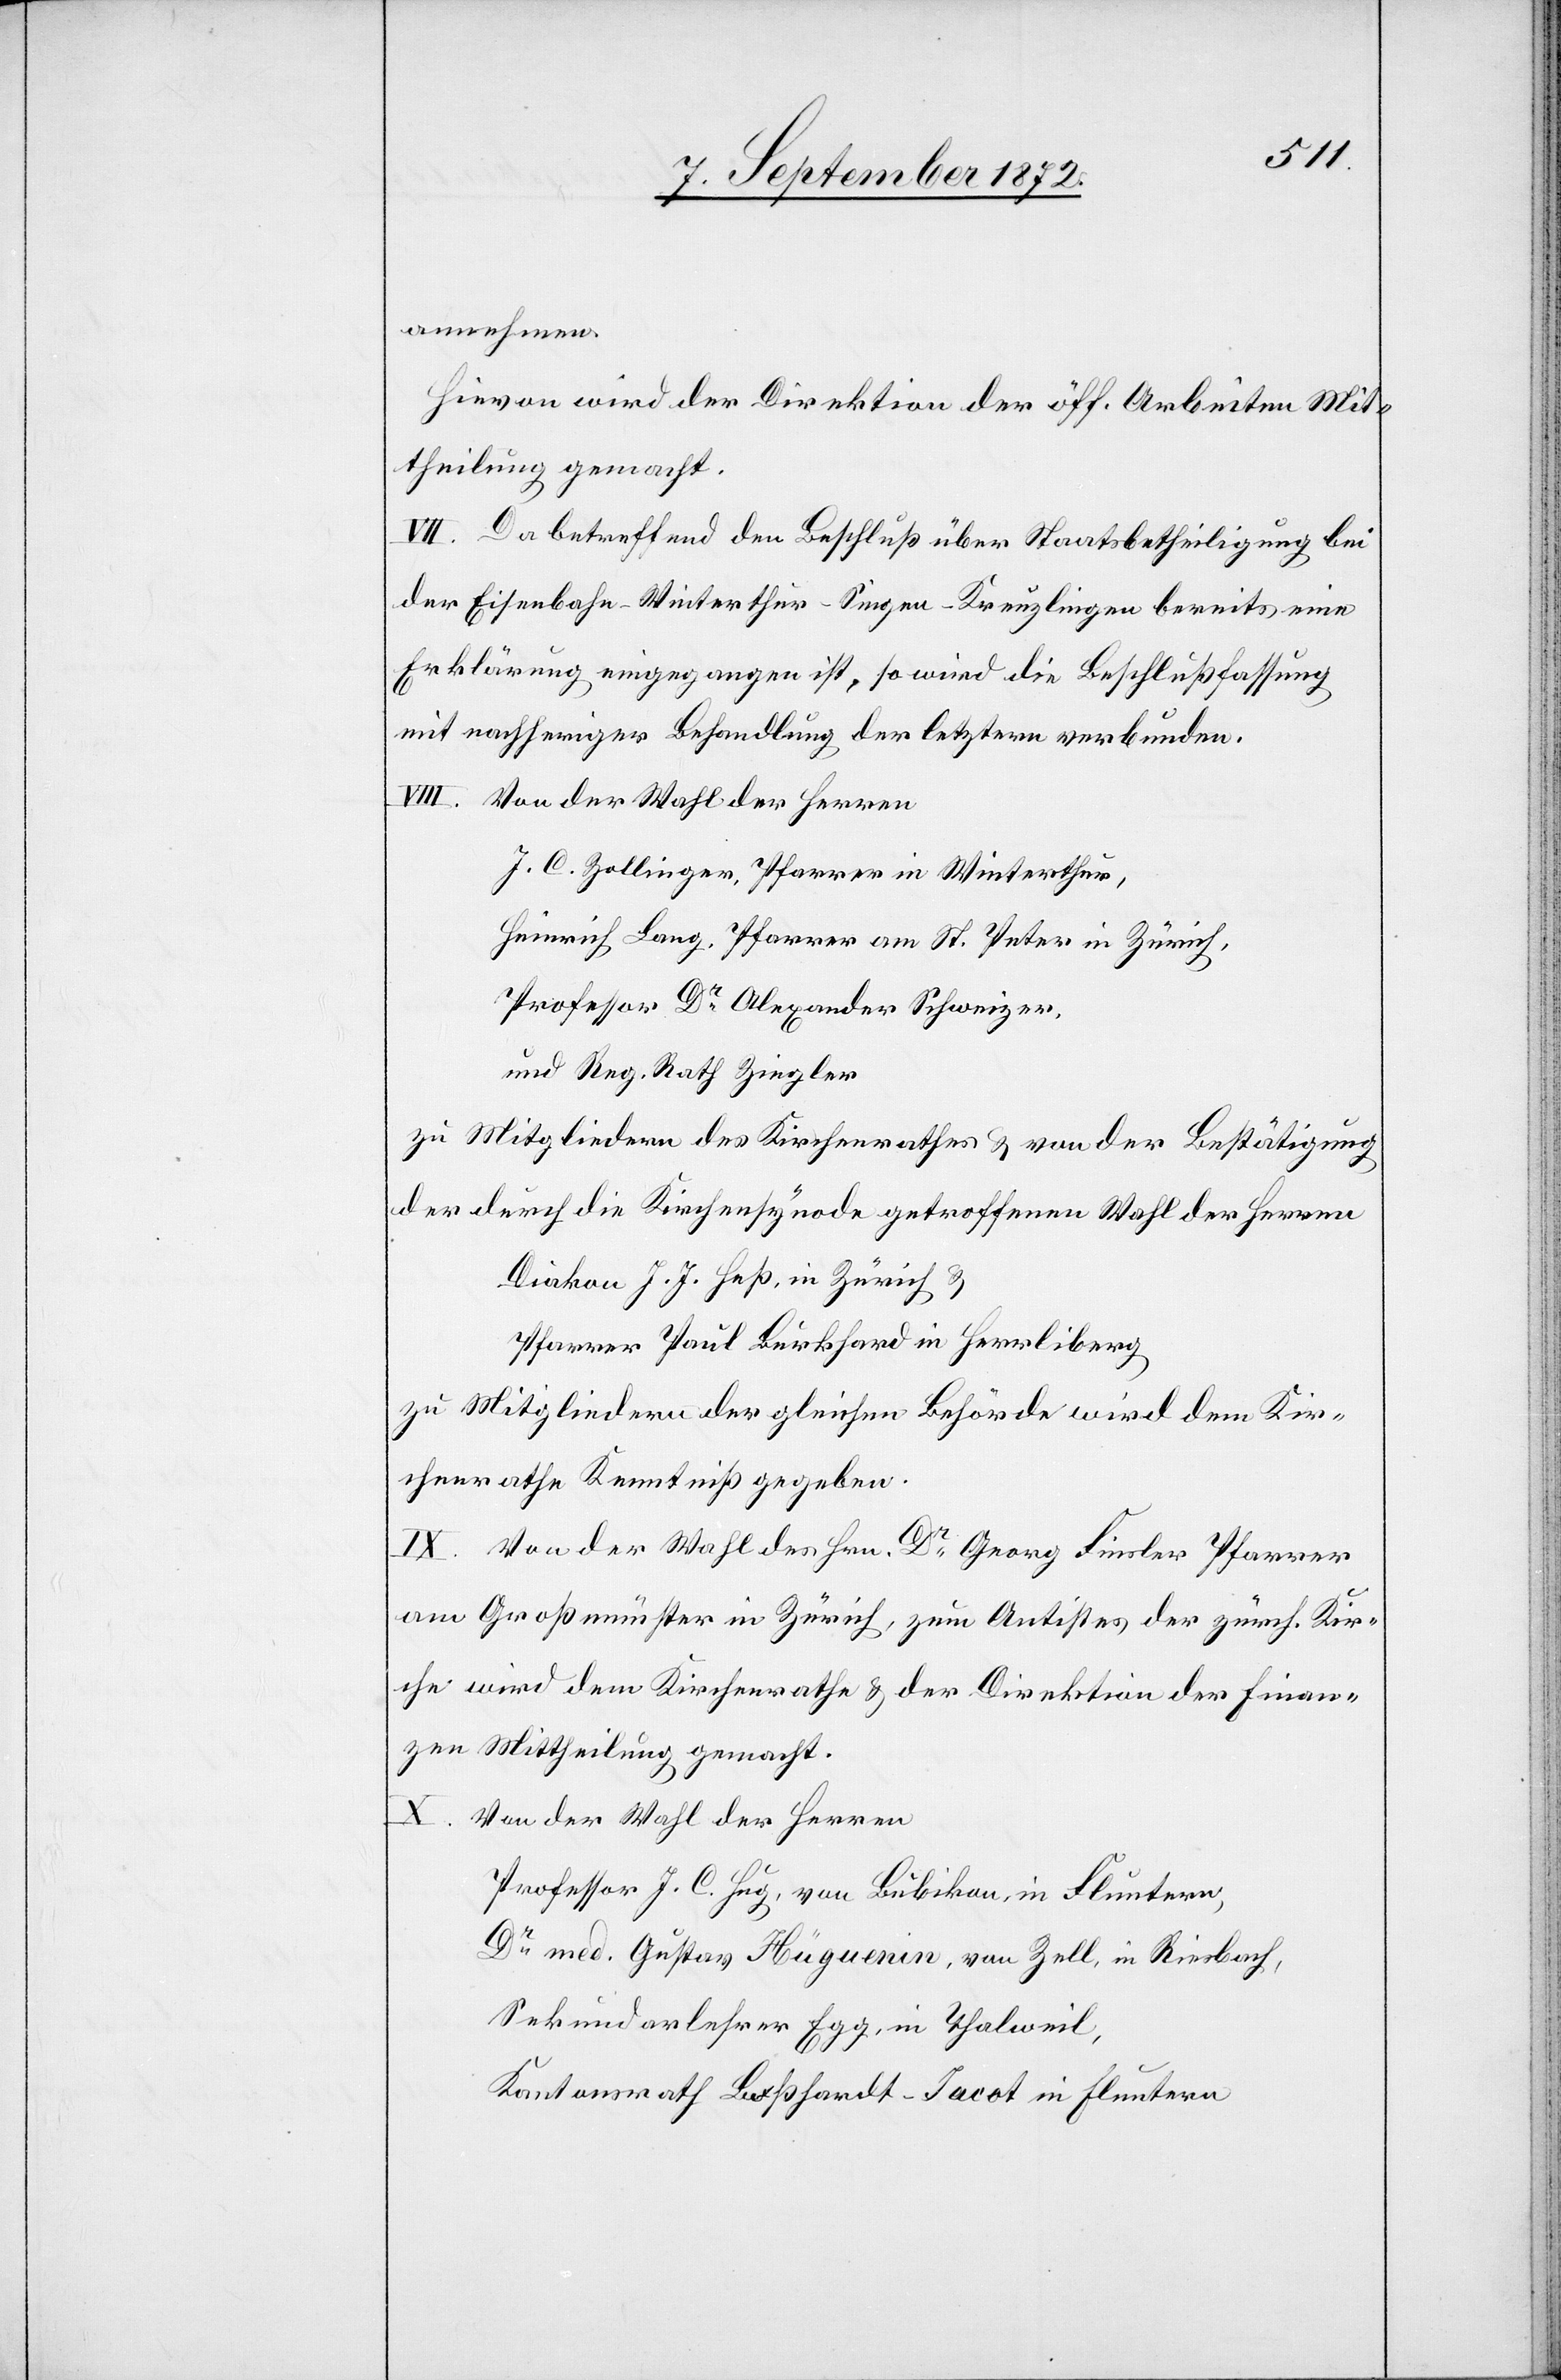
annehmen.
Hievon wird der Direktion der öff. Arbeiten Mit¬
theilung gemacht.
VII. Da betreffend den Beschluß über Staatsbetheiligung bei
der Eisenbahn-Winterthur–Singen–Kreuzlingen bereits eine
Erklärung eingegangen ist, so wird die Beschlußfassung
mit nachheriger Behandlung der letztern verbunden.
VIII. Von der Wahl der Herren
J. C. Zollinger, Pfarrer in Winterthur,
Heinrich Lang, Pfarrer am St. Peter in Zürich,
Professor Dr Alexander Schweizer,
und Reg. Rath Ziegler
zu Mitgliedern des Kirchenrathes u. von der Bestätigung
der durch die Kirchensynode getroffenen Wahl der Herren
Diakon J. J. Heß, in Zürich u.
Pfarrer Paul Burkhard in Herrliberg
zu Mitgliedern der gleichen Behörde wird dem Kir¬
chenrathe Kenntniß gegeben.
IX. Von der Wahl des Hrn. Dr Georg Finsler Pfarrer
am Großmünster in Zürich, zum Antistes der zürch. Kir¬
che wird dem Kirchenrathe u. der Direktion der Finan¬
zen Mittheilung gemacht.
X. Von der Wahl der Herren
Professor J. C. Hug, von Bubikon, in Fluntern,
Dr med. Gustav Hüguenin, von Zell, in Riesbach,
Sekundarlehrer Egg, in Thalweil,
Kantonsrath Boßhardt-Jacot in Fluntern